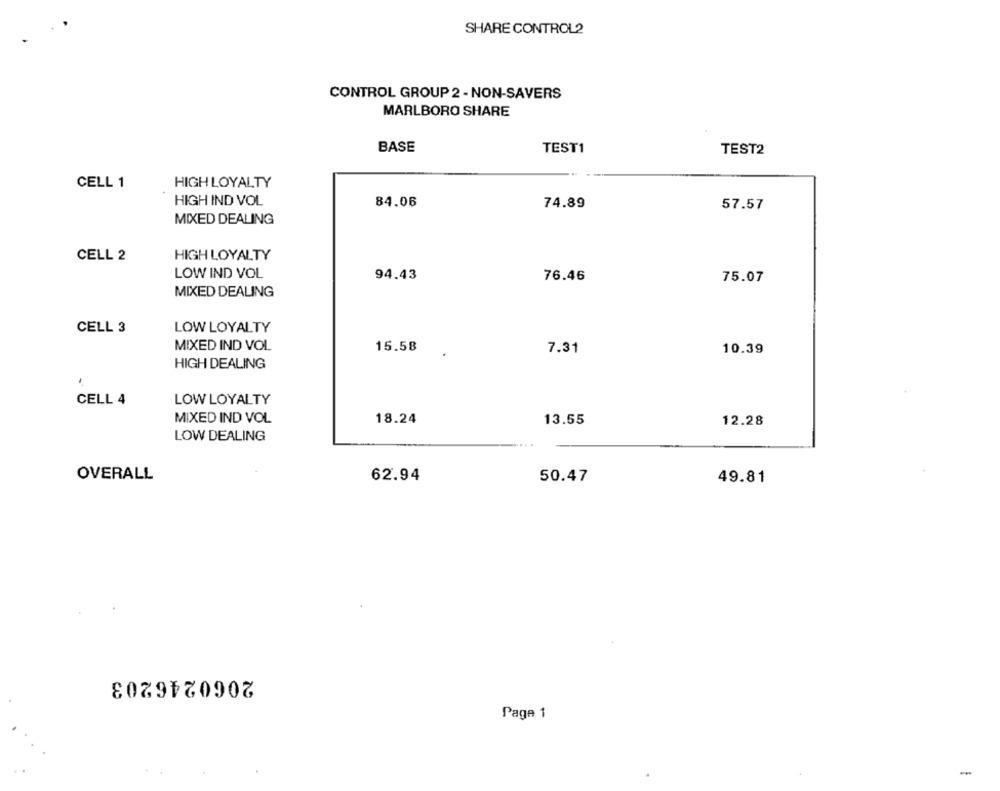
SHARE CONTROL2
CONTROL GROUP 2 - NON-SAVERS
MARLBORO SHARE
BASE
TEST1
TEST2
CELL 1
HIGH LOYALTY
HIGH IND VOL
84.06
74.89
57.57
MIXED DEALING
CELL 2
HIGH LOYALTY
LOW IND VOL
94.43
76.46
75.07
MIXED DEALING
CELL 3
LOW LOYALTY
MIXED IND VOL
15.58
7.31
10.39
HIGH DEALING
CELL 4
LOW LOYALTY
MIXED IND VOL
18.24
13.55
12.28
LOW DEALING
OVERALL
62.94
50.47
49.81
2060246203
Page 1